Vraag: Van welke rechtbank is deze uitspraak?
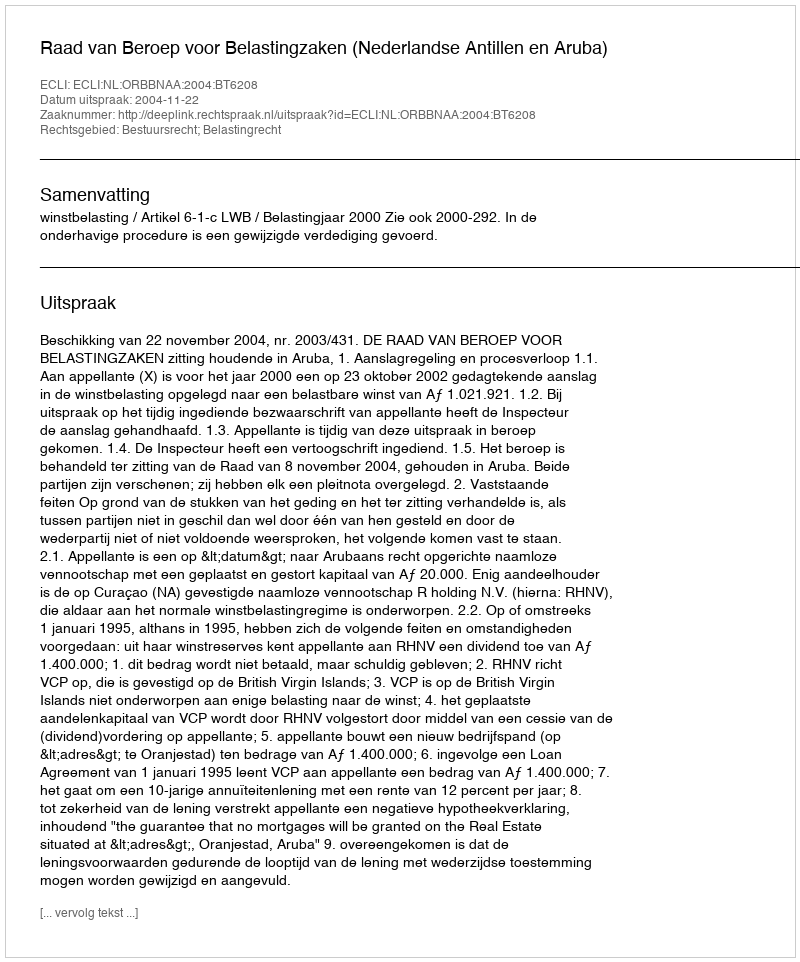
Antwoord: Raad van Beroep voor Belastingzaken (Nederlandse Antillen en Aruba)